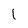
Character: 1